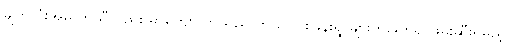
မျက်လုံးအိမ် ရာသီလည်း မာကျောလာသည် တယ်ပင်စခန်းရွာများကိုဖြတ်၍ ဖမ်းဆီးရမည့်